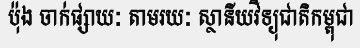
ប៉ុង ចាក់ផ្សាយៈ តាមរយៈ ស្ថានីយវិទ្យុជាតិកម្ពុជា